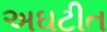
અઘટીત